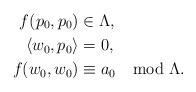
LaTeX: \begin{align*} f(p_0,p_0) &\in \Lambda,\\ \langle w_0, p_0 \rangle &=0,\\ f(w_0,w_0)& \equiv a_0 \mod \Lambda.\end{align*}